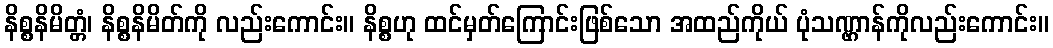
နိစ္စနိမိတ္တံ၊ နိစ္စနိမိတ်ကို လည်းကောင်း။ နိစ္စဟု ထင်မှတ်ကြောင်းဖြစ်သော အထည်ကိုယ် ပုံသဏ္ဌာန်ကိုလည်းကောင်း။